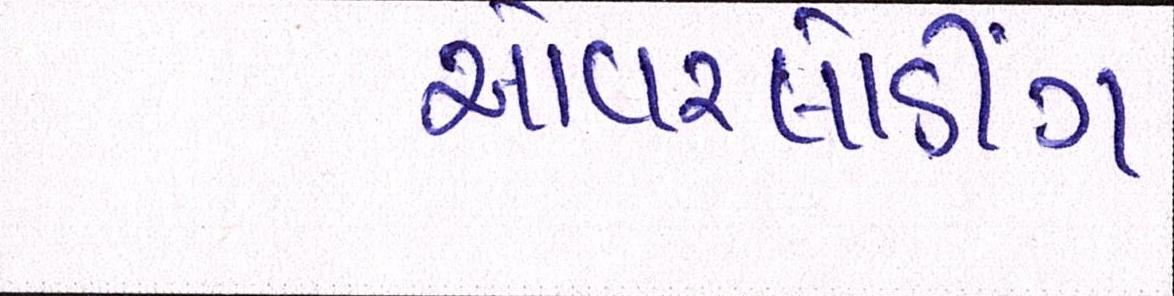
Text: ઓવરલોડીંગ